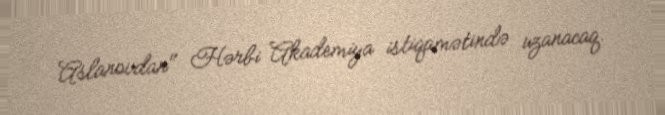
Aslanovdan" Hərbi Akademiya istiqamətində uzanacaq.